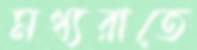
মধ্যরাতে